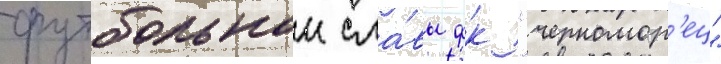
футбольнои сла́вы фк "черномор'ец"